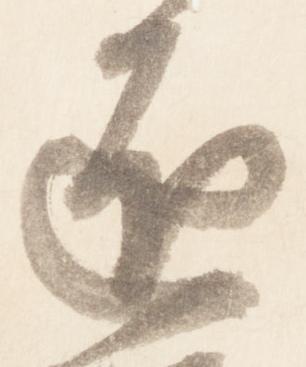
匠